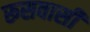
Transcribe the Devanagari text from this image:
रूसवासी